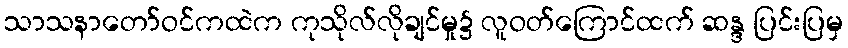
သာသနာတော်ဝင်ကထဲက ကုသိုလ်လိုချင်မှု၌ လူဝတ်ကြောင်ထက် ဆန္ဒ ပြင်းပြမှ